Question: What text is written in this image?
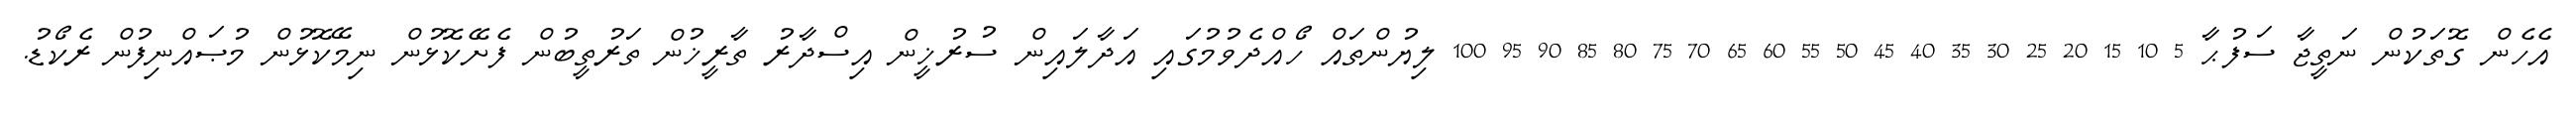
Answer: އެހެން ގޮތަކުން ނަތީޖާ ސަފުޙާ 5 10 15 20 25 30 35 40 45 50 55 60 65 70 75 80 85 90 95 100 ލިޔުންތައް ހޯއްދެވުމުގައި އަދާލައިން ސުރުޚީން އިސްދާރު ތާރީޚުން ތަރުތީބުން ފެށޭކޮޅުން ނިމޭކޮޅުން މުޞައްނިފުން ރެކޯޑު.